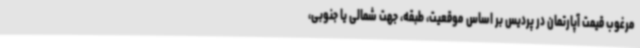
مرغوب قیمت آپارتمان در پردیس بر اساس موقعیت، طبقه، جهت شمالی یا جنوبی،